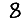
Digit: 8